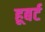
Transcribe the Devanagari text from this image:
हूबर्ट